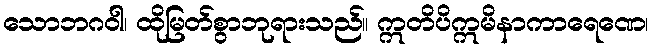
သောဘဂဝါ၊ ထိုမြတ်စွာဘုရားသည်။ ဣတိပိဣမိနာကာရေဏေ၊